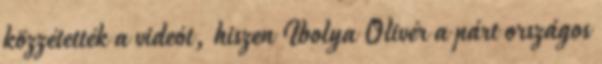
közzétették a videót, hiszen Ibolya Olivér a párt országos